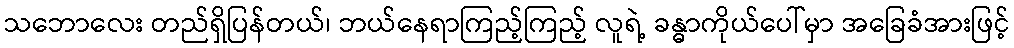
သဘောလေး တည်ရှိပြန်တယ်၊ ဘယ်နေရာကြည့်ကြည့် လူရဲ့ ခန္ဓာကိုယ်ပေါ်မှာ အခြေခံအားဖြင့်